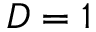
D = 1